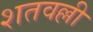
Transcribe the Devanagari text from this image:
शतवल्ली